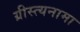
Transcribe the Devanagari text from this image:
ग्रीस्त्यनामा